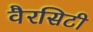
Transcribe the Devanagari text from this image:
वैरसिटी